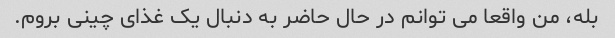
بله، من واقعا می توانم در حال حاضر به دنبال یک غذای چینی بروم.